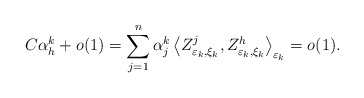
\begin{align*}C\alpha_{h}^{k}+o(1)=\sum_{j=1}^{n}\alpha_{j}^{k}\left\langle Z_{\varepsilon_{k},\xi_{k}}^{j},Z_{\varepsilon_{k},\xi_{k}}^{h}\right\rangle _{\varepsilon_{k}}=o(1).\end{align*}